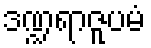
ဒဏ္ဍရာဇူပမံ